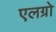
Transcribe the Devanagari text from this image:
एलग्रो